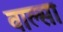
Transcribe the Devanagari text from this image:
वाल्सा